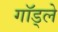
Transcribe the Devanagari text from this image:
गॉड्ले